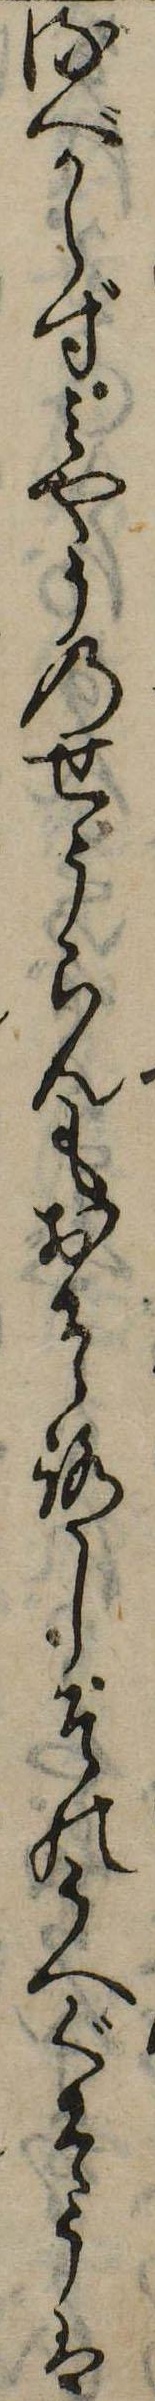
るべからずみやうのせうらんもおそろしそのうへぐそうは